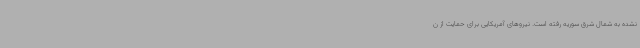
نشده به شمال شرق سوریه رفته است. نیروهای آمریکایی برای حمایت از ن